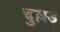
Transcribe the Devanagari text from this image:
चुल्लड़